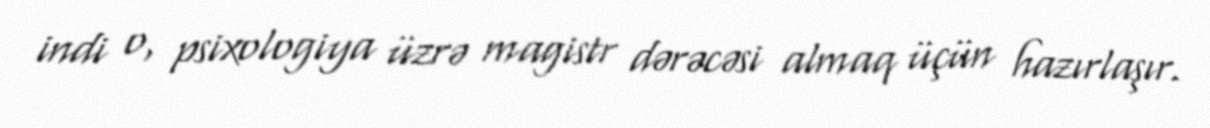
indi o, psixologiya üzrə magistr dərəcəsi almaq üçün hazırlaşır.